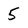
Character: 5